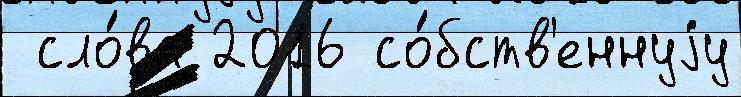
 сло́ва 2016 со́бств'еннуjу